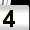
Digit: 4